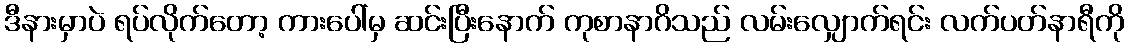
ဒီနားမှာပဲ ရပ်လိုက်တော့ ကားပေါ်မှ ဆင်းပြီးနောက် ကုစာနာဂိသည် လမ်းလျှောက်ရင်း လက်ပတ်နာရီကို